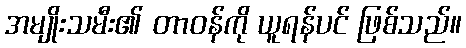
အမျိုးသမီး၏ တာဝန်ကို ယူရန်ပင် ဖြစ်သည်။